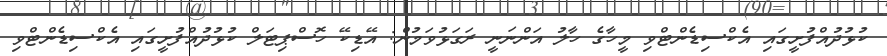
ކުޅުދުއްފުށީގައި އެކްސިޑެންޓްވި މީހާގެ ހާލު އަންނަނީ ރަގަޅުވަމުން: އޭޑިކޭ ހޮސްޕިޓަލް ކުޅުދުއްފުށީގައި އެކްސިޑެންޓްވި